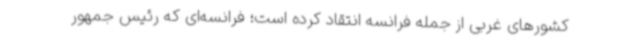
کشورهای غربی از جمله فرانسه انتقاد کرده است؛ فرانسه‌ای که رئیس جمهور